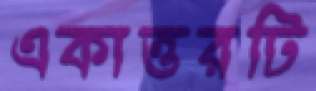
একাত্তরটি